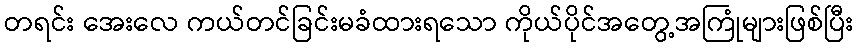
တရင်း အေးလေ ကယ်တင်ခြင်းမခံထားရသော ကိုယ်ပိုင်အတွေ့အကြုံများဖြစ်ပြီး